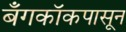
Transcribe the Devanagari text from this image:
बँगकॉकपासून